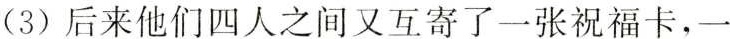
(3)后来他们四人之间又互寄了一张祝福卡，一